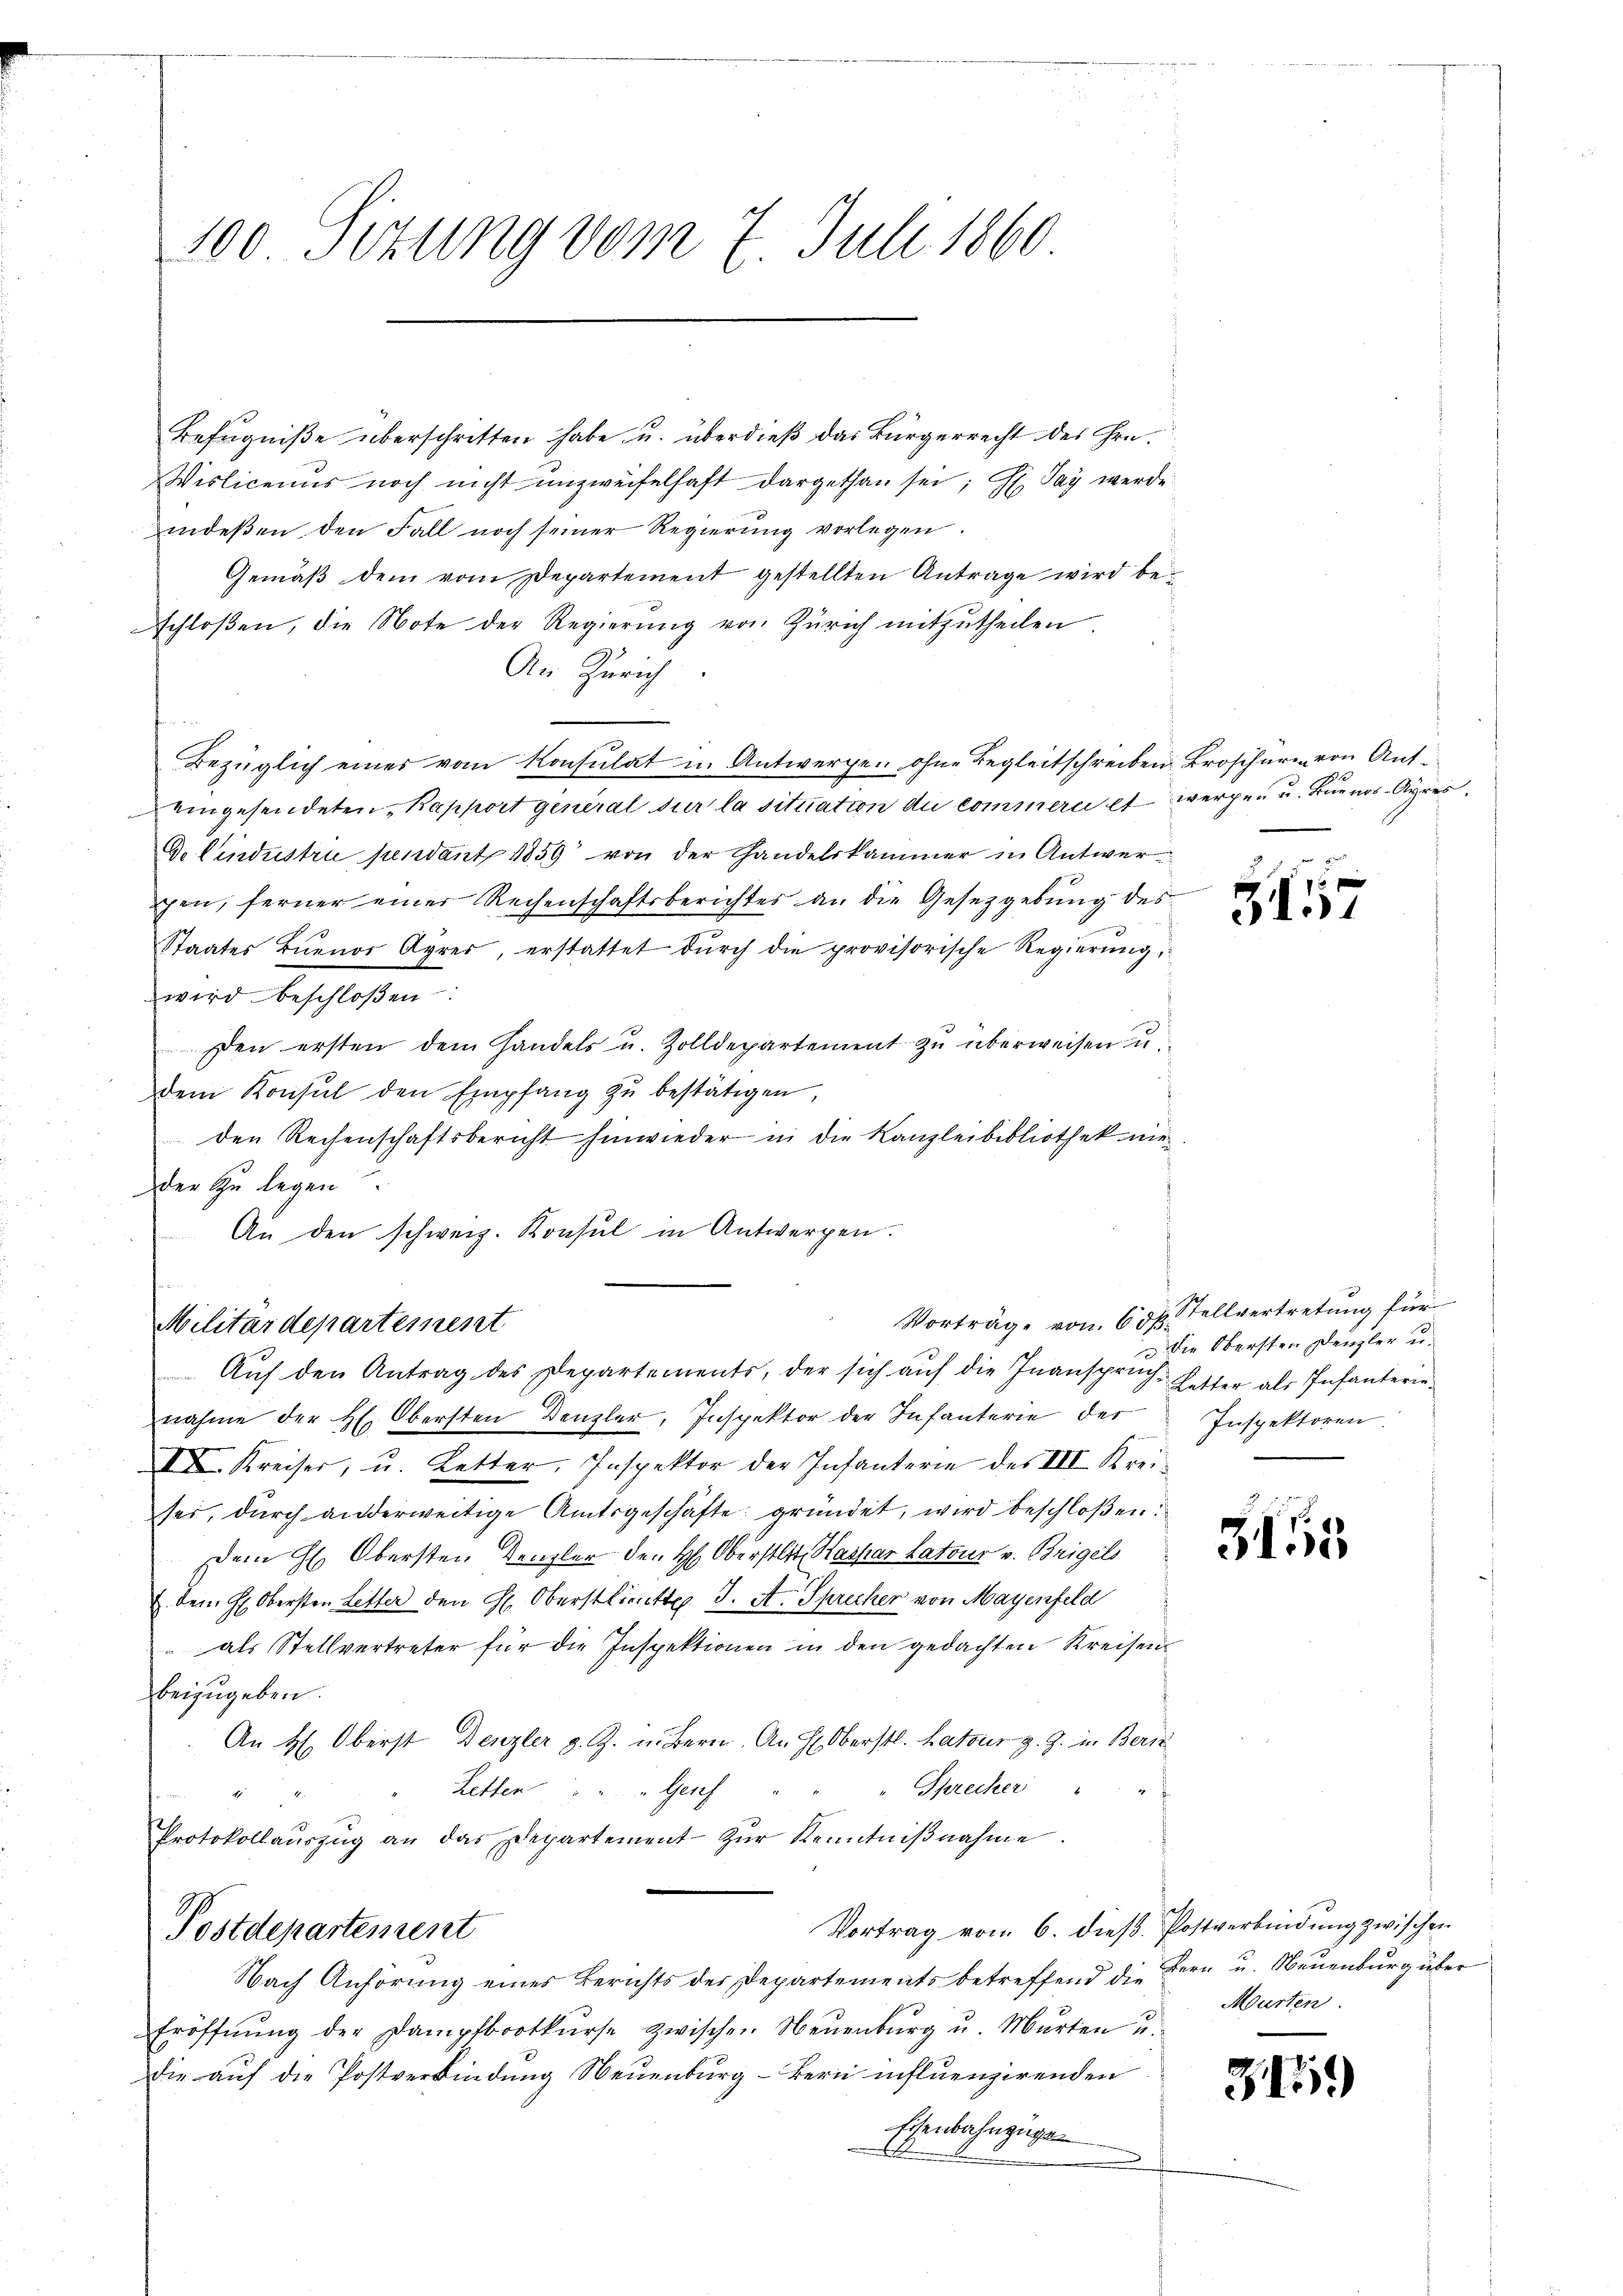
100 Sizung vom 7. Juli 1860

Befugniße überschritten habe u. überdieß das Bürgerrecht des Gra¬
Wislicenus noch nicht unzweifelhaft dargethan sei; H. Pay werde
indeßen den Fall noch seiner Regierung vorlegen.
Gemäß dem vom Departement gestellten Antrage wird beschloßen, die Note der Regierŭng von Zürich mitzŭtheilen
An Zürich
n
Bezüglich einer vom Konsulat in Antwerpen ohne Begleitschreiben Broscheren von Ant.
eingesendeten Kapport general sur la situation die commere etwerpen u. Buenos-Ayres,
G. lindustri pendant 1859 von der Handelskammer in Antworpen, ferner einer Rechenschaftsberichtes an die Gesetzgebung des
Staates Buenos Ayres, erstattet durch die provisorische Regierung,
wird beschloßen
Den ersten dem Handels u. Zolldepartement zŭ überweisen u.
dem Konsul den Empfang zŭ bestätigen,
den Rechenschaftsbericht hinwieder in die Kanzleibibliothek nir
der zu legen
An den schweiz. Konsul in Antwerpen.

Vorträge von 60.
Militärdepartement
Aŭf den Antrag des Departements, der sich aŭf die Inansprŭch-Letter als Infanterie-

nahme der H. Obersten Denzler, Inspektor der Infanterie der
III. Kreiser, u. Letter, Inspektor der Infanterie des III. Krei
ser, durch anderweitige Amtsgeschäfte gründet, wird beschloßen:
Dem H. Obersten Denzler den H. Oberstatt, Kaspar Latour v. Beigels
u dem H. Obersten Letter den H. Oberstlieutt J. A. Sprecher von Mayenfeld
 als Stellvertreter für die Inspektionen in den gedachten Kreisen
beizugeben.
An H: Oberst Denzler z. Z. in Bern. An H. Oberstl. Hatour z. Z. in Beri
Sprecher "
Letter . . . . . . . Gesch
1
Protokollaŭszŭg an das Departement zŭr Kenntniβnahme.
Vortrag vom 6. dieß Postverbindung zwischen
Postdepartement
Nach Anhörung eines Berichts der Departements betreffend die Bern u. Neuenburg über
Eröffnŭng der Dampfbootkŭrse zwischen Neuenburg u. Marten u.
die aŭf die Postverbindung Neuenburg - Bern influenzirenden
Esenbahnzügen

76 f
5

Stellvertretung für
Die Obersten Denzler u.
Inspektoren.

d
31.5

Murten.

319